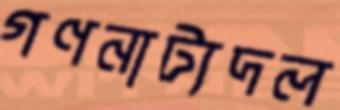
গণনাট্যদল